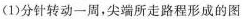
(1)分针转动一周，尖端所走路程形成的图